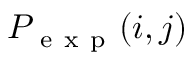
P _ { \mathrm { ~ e ~ x ~ p ~ } } ( i , j )